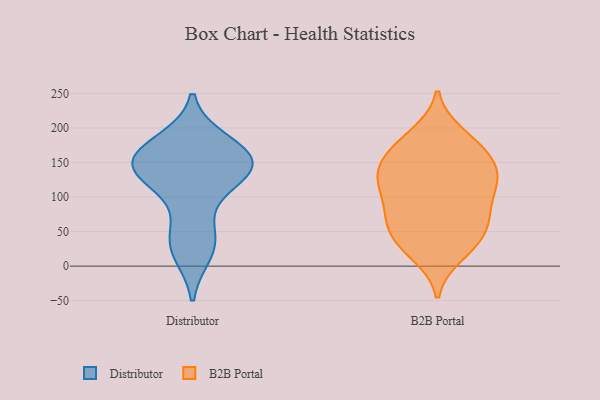
{"axis": {"x": "Production Output", "y": "Value"}, "legend": ["B2B Portal", "Distributor"], "data": [{"x": "", "y": 21, "type": "Distributor"}, {"x": "", "y": 111, "type": "Distributor"}, {"x": "", "y": 45, "type": "Distributor"}, {"x": "", "y": 140, "type": "Distributor"}, {"x": "", "y": 34, "type": "Distributor"}, {"x": "", "y": 162, "type": "Distributor"}, {"x": "", "y": 145, "type": "Distributor"}, {"x": "", "y": 138, "type": "Distributor"}, {"x": "", "y": 178, "type": "Distributor"}, {"x": "", "y": 142, "type": "Distributor"}, {"x": "", "y": 152, "type": "Distributor"}, {"x": "", "y": 166, "type": "Distributor"}, {"x": "", "y": 76, "type": "B2B Portal"}, {"x": "", "y": 17, "type": "B2B Portal"}, {"x": "", "y": 179, "type": "B2B Portal"}, {"x": "", "y": 152, "type": "B2B Portal"}, {"x": "", "y": 117, "type": "B2B Portal"}, {"x": "", "y": 115, "type": "B2B Portal"}, {"x": "", "y": 32, "type": "B2B Portal"}, {"x": "", "y": 28, "type": "B2B Portal"}, {"x": "", "y": 68, "type": "B2B Portal"}, {"x": "", "y": 179, "type": "B2B Portal"}, {"x": "", "y": 97, "type": "B2B Portal"}, {"x": "", "y": 46, "type": "B2B Portal"}, {"x": "", "y": 119, "type": "B2B Portal"}, {"x": "", "y": 129, "type": "B2B Portal"}, {"x": "", "y": 70, "type": "B2B Portal"}, {"x": "", "y": 58, "type": "B2B Portal"}, {"x": "", "y": 135, "type": "B2B Portal"}, {"x": "", "y": 146, "type": "B2B Portal"}, {"x": "", "y": 190, "type": "B2B Portal"}, {"x": "", "y": 157, "type": "B2B Portal"}]}